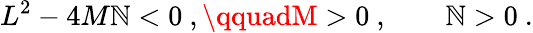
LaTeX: L^{2}-4M\mathbb{N}<0\ ,\qquadM>0\ ,\qquad\mathbb{N}>0\ .